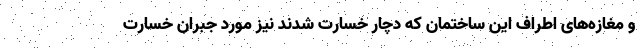
و مغازه‌های اطراف این ساختمان که دچار خسارت شدند نیز مورد جبران خسارت